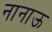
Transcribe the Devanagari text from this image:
नानाऊ